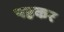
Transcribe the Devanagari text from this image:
पहकर